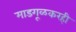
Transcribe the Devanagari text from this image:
माडगूळकरही